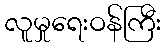
လူမှုရေးဝန်ကြီး